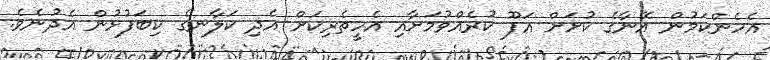
އެހެންކަމުން އޭނާގެ ކުށަށް އަފޫ ކުރެއްވުމަށާއި އެހީތެރިކަށް އެދި ކަލާނގެ ކިބަފުޅުން އެދުނެވެ.